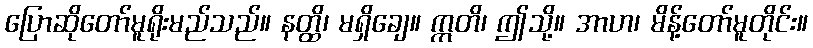
ပြောဆိုတော်မူရိုးမည်သည်။ နတ္ထိ၊ မရှိချေ။ ဣတိ၊ ဤသို့။ အာဟ၊ မိန့်တော်မူတိုင်း။